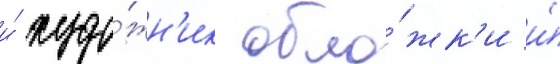
и́ худо́жн'ик обло́жк'и и́